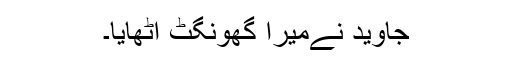
جاوید نےمیرا گھونگٹ اُٹھایا۔